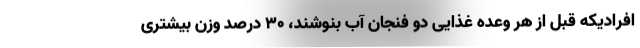
افرادیکه قبل از هر وعده غذایی دو فنجان آب بنوشند، ۳۰ درصد وزن بیشتری